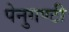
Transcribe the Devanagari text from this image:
पेनुगण्टी